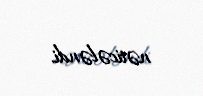
nəticələndi.